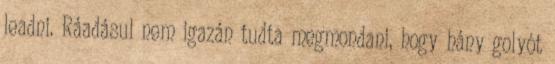
leadni. Ráadásul nem igazán tudta megmondani, hogy hány golyót